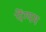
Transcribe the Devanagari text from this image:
पेंग्यम